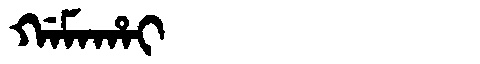
Manchu: ᡤᠠᠮᠠᡥᠠᡳ
Romanization: GAMAHAI